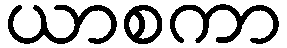
ယာစကာ